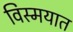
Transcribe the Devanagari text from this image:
विस्मयात